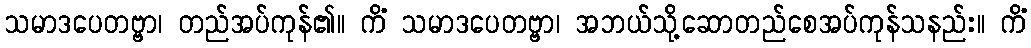
သမာဒပေတဗ္ဗာ၊ တည်အပ်ကုန်၏။ ကိံ သမာဒပေတဗ္ဗာ၊ အဘယ်သို့ဆောတည်စေအပ်ကုန်သနည်း။ ကိံ